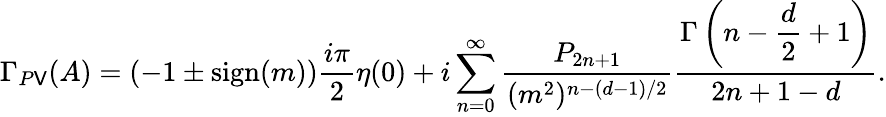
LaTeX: \Gamma_{P\mathsf{V}}(A)=(-1\pm\mathrm{{sign}}(m))\frac{{i\pi}}{{2}}\eta(0)+i\sum_{n=0}^{\infty}\frac{{P_{2n+1}}}{{(m^{2})^{n-(d-1)/2}}}\frac{{\Gamma\left(n-\displaystyle{\frac{{d}}{{2}}}+1\right)}}{{2n+1-d}}.